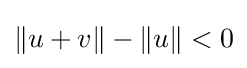
\|u+v\|-\|u\|<0